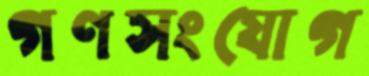
গণসংযোগ